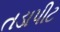
તડાપીટ